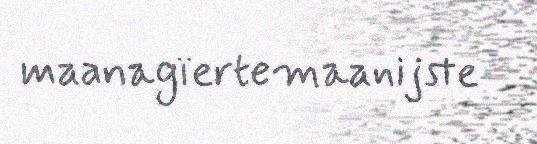
maanagïertemaanijste